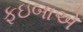
ફઇબાએ